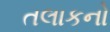
તલાકનો